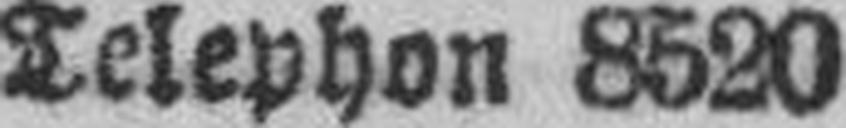
Telephon 8520